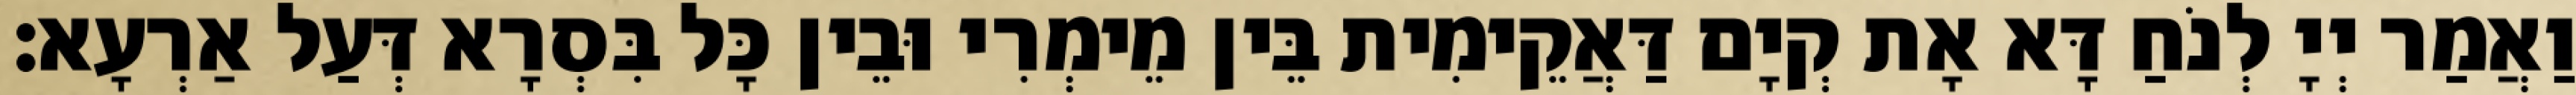
וַאֲמַר יְיָ לְנֹחַ דָּא אָת קְיָם דַּאֲקֵימִית בֵּין מֵימְרִי וּבֵין כָּל בִּסְרָא דְּעַל אַרְעָא׃